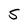
Character: S